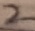
Text: 2